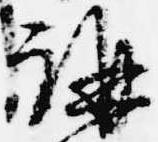
講